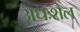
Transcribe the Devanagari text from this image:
अधःशैल